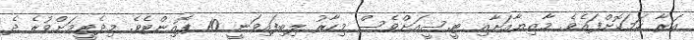
އަރާ ހަމަކޮށްފައެވެ. މާޒިޔާއަށާއި ޓީ.ސީއަށްވެސް މިހާރު ލިބިފައިވަނީ 10 ޕޮއިންޓެވެ. މިދެޓީމަށްވުރެ ދެ